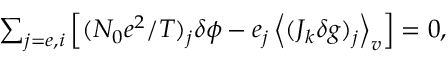
\begin{array} { r } { \sum _ { j = e , i } \left[ ( N _ { 0 } e ^ { 2 } / T ) _ { j } \delta \phi - e _ { j } \left\langle ( J _ { k } \delta g ) _ { j } \right\rangle _ { v } \right] = 0 , } \end{array}